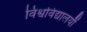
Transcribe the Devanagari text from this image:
विश्वविद्यालयौं